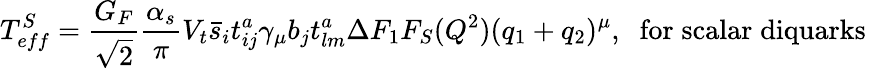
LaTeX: T_{eff}^{S}={\frac{G_{F}}{\sqrt 2}}{\frac{\alpha_{s}}{\pi}}V_{t}\bar{s}_{i}t_{ij}^{a}\gamma_{\mu}b_{j}t_{lm}^{a}\Delta F_{1}F_{S}(Q^{2})(q_{1}+q_{2})^{\mu},\; \; \mathrm{for\; scalar\; diquarks}\,